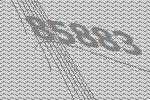
85883